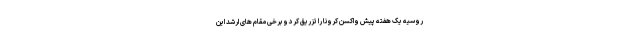
روسیه یک هفته پیش واکسن کرونا را تزریق کرد و برخی مقام های ارشد این